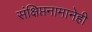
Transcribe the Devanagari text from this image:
संक्षिप्तनामानेही